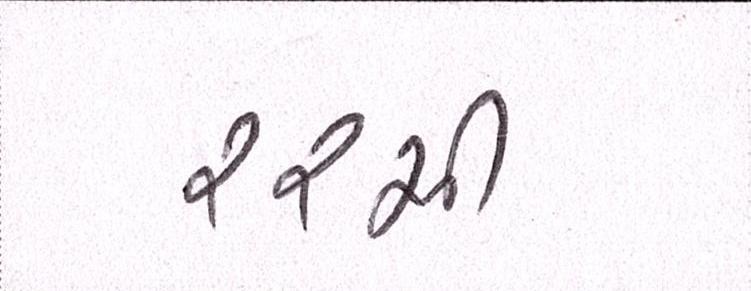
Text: ૨૨મી